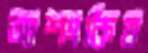
আশংকিত